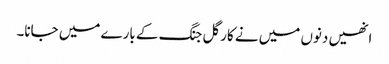
انھیں دنوں میں نے کارگل جنگ کے بارے میں جانا۔